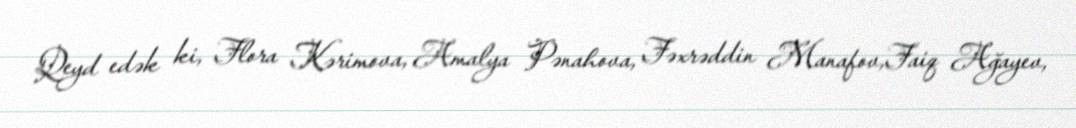
Qeyd edək ki, Flora Kərimova, Amalya Pənahova, Fəxrəddin Manafov,Faiq Ağayev,